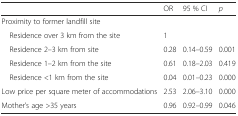
<table><thead><tr><td></td><td><b>OR</b></td><td><b>95 % CI</b></td><td><b><i>p</i></b></td></tr></thead><tbody><tr><td>Proximity to former landfill site</td><td></td><td></td><td></td></tr><tr><td> Residence over 3 km from the site</td><td>1</td><td></td><td></td></tr><tr><td> Residence 2–3 km from site</td><td>0.28</td><td>0.14–0.59</td><td>0.001</td></tr><tr><td> Residence 1–2 km from the site</td><td>0.61</td><td>0.18–2.03</td><td>0.419</td></tr><tr><td> Residence &lt;1 km from the site</td><td>0.04</td><td>0.01–0.23</td><td>0.000</td></tr><tr><td>Low price per square meter of accommodations</td><td>2.53</td><td>2.06–3.10</td><td>0.000</td></tr><tr><td>Mother’s age &gt;35 years</td><td>0.96</td><td>0.92–0.99</td><td>0.046</td></tr></tbody></table>